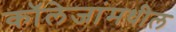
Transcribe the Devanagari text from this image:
कॉलेजांमधील